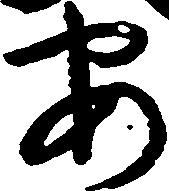
安